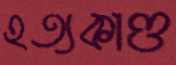
হত্যকাণ্ড